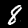
Label: 8